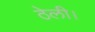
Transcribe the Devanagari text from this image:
ठेली।